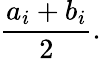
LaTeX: {\frac{a_{i}+b_{i}}{2}}.